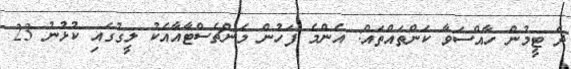
ދެ ޓީމުން ހާއްސަވާ ކަންތައްތައް: އެންމެ ފަހުން މެންޗެސްޓާއާއެކު ލީގުގައި ކުޅުނު 23